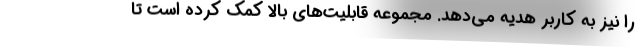
را نیز به کاربر هدیه می‌دهد. مجموعه قابلیت‌های بالا کمک کرده است تا